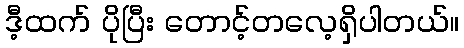
ဒီ့ထက် ပိုပြီး တောင့်တလေ့ရှိပါတယ်။